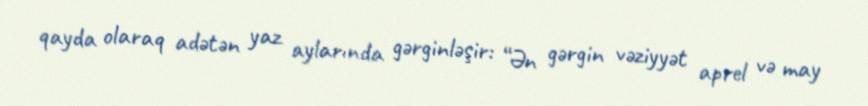
qayda olaraq adətən yaz aylarında gərginləşir: “Ən gərgin vəziyyət aprel və may